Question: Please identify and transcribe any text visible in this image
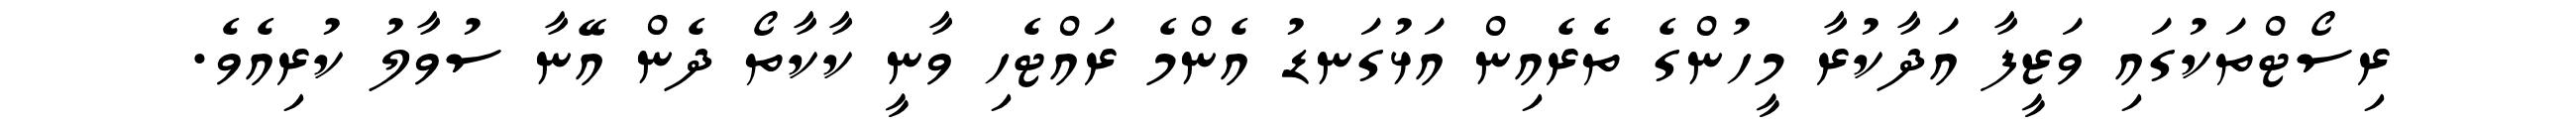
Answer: ރިސޯޓްތަކުގައި ވަޒީފާ އަދާކުރާ މީހުންގެ ތެރެއިން އަޅުގަނޑު އެންމެ ރައްޓެހި ވާނީ ކާކާތޯ ދެން އޭނާ ސުވާލު ކުރިއެވެ.